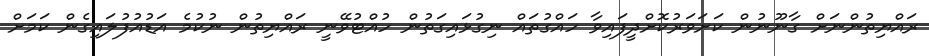
ރައްޔިތުންނަށް ގާނޫނުން ކަށަވަރުކޮށްދީފައިވާ ހައްގުތައް ނިގުޅައިގަތުން ހުއްޓުވޭނީ ރައްޔިތުން ނުކުމެ އަޑުއުފުލައިގެން ކަމަށް